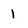
Character: 1